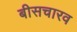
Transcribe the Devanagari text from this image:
बीसचारव